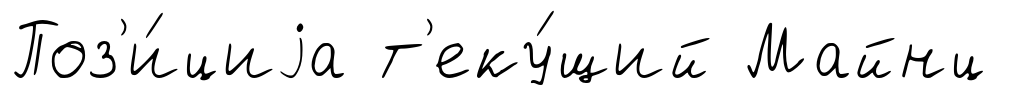
Поз'и́циjа т'еку́щий Майнц